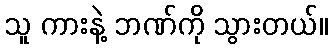
သူ ကားနဲ့ ဘဏ်ကို သွားတယ်။